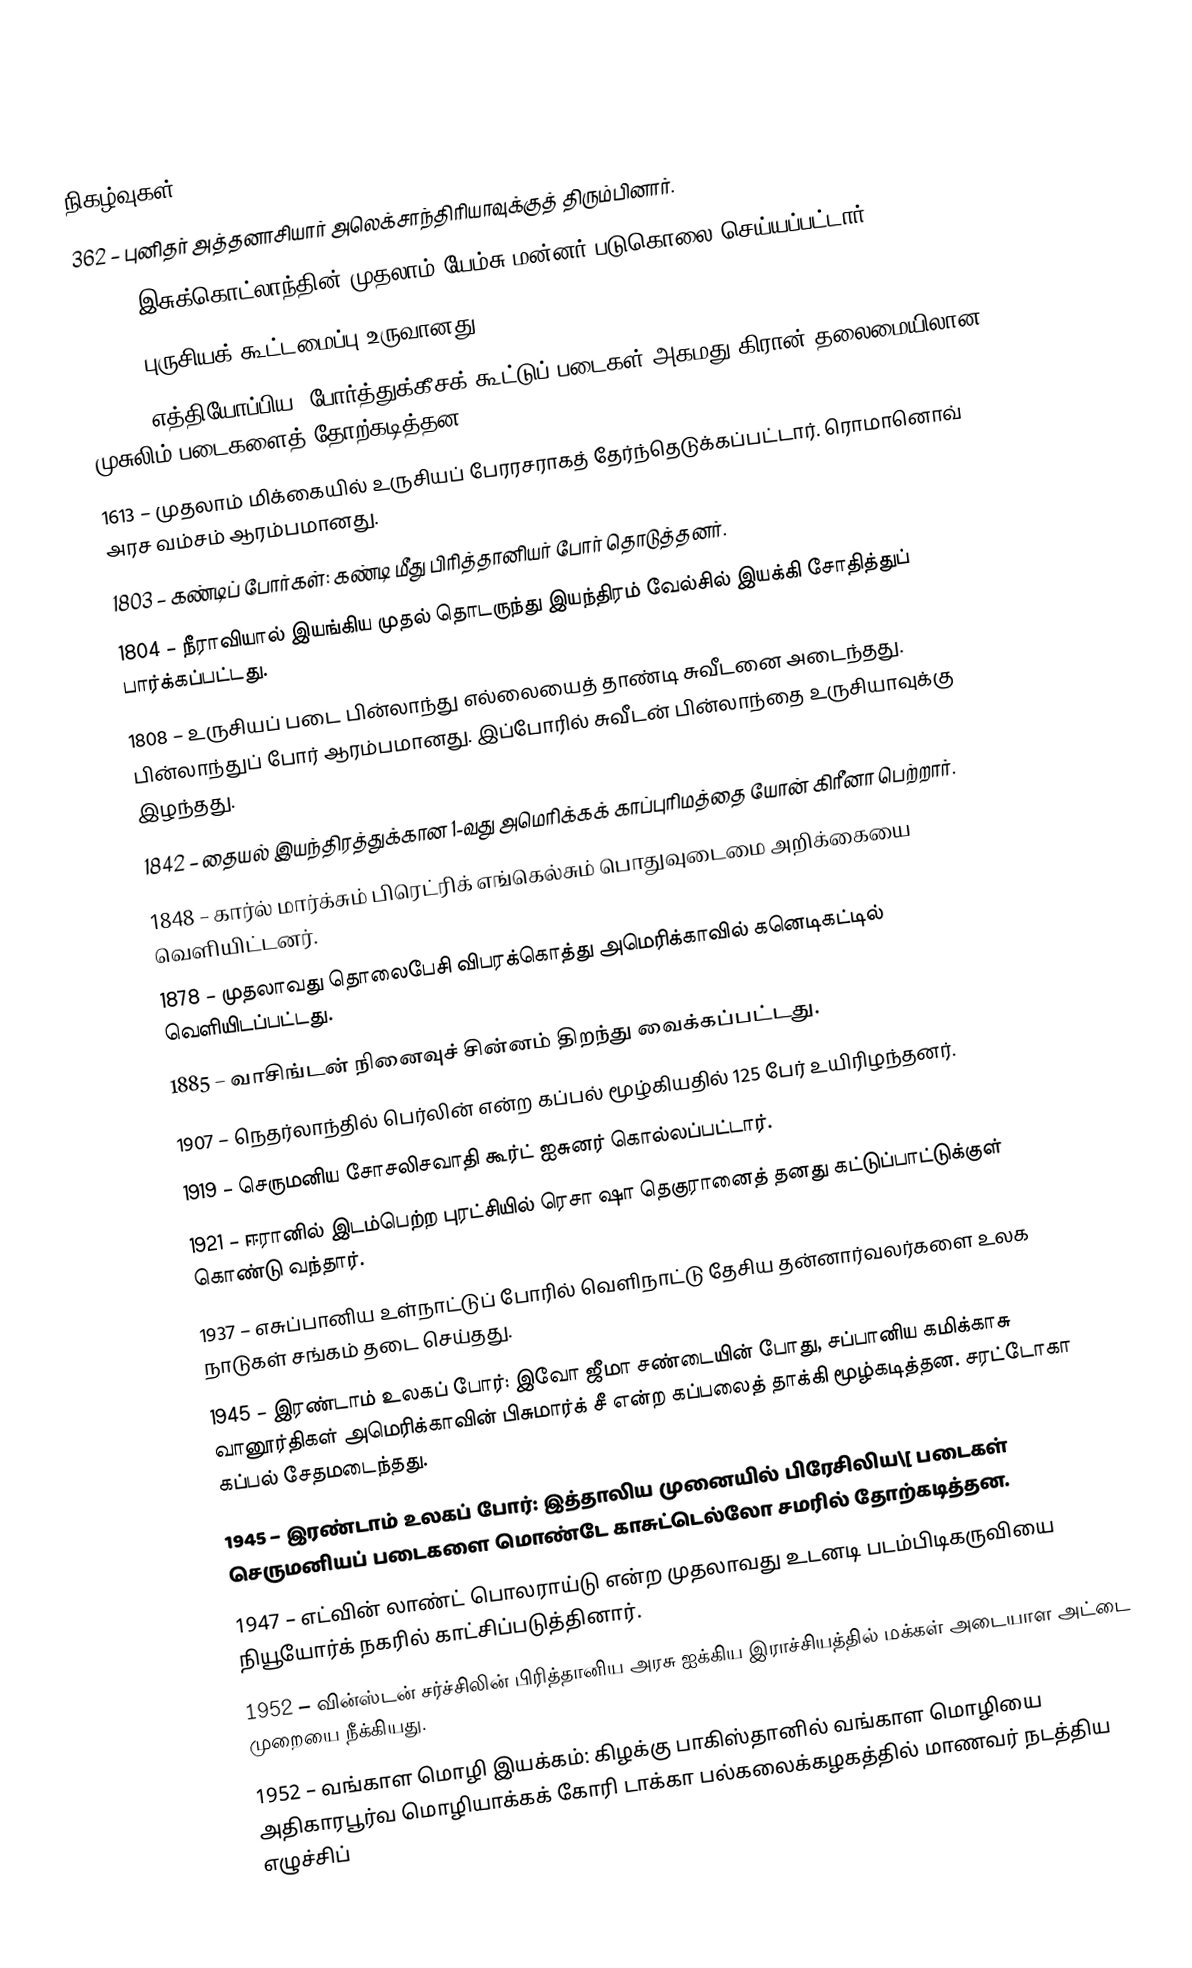

நிகழ்வுகள்
 362 – புனிதர் அத்தனாசியார் அலெக்சாந்திரியாவுக்குத் திரும்பினார்.
1437 – இசுக்கொட்லாந்தின் முதலாம் யேம்சு மன்னர் படுகொலை செய்யப்பட்டார்.
1440 – புருசியக் கூட்டமைப்பு உருவானது.
1543 – எத்தியோப்பிய, போர்த்துக்கீசக் கூட்டுப் படைகள் அகமது கிரான் தலைமையிலான முசுலிம் படைகளைத் தோற்கடித்தன.
1613 – முதலாம் மிக்கையில் உருசியப் பேரரசராகத் தேர்ந்தெடுக்கப்பட்டார். ரொமானொவ் அரச வம்சம் ஆரம்பமானது.
1803 – கண்டிப் போர்கள்: கண்டி மீது பிரித்தானியர் போர் தொடுத்தனர்.
1804 – நீராவியால் இயங்கிய முதல் தொடருந்து இயந்திரம் வேல்சில் இயக்கி சோதித்துப் பார்க்கப்பட்டது.
1808 – உருசியப் படை பின்லாந்து எல்லையைத் தாண்டி சுவீடனை அடைந்தது. பின்லாந்துப் போர் ஆரம்பமானது. இப்போரில் சுவீடன் பின்லாந்தை உருசியாவுக்கு இழந்தது.
1842 – தையல் இயந்திரத்துக்கான 1-வது அமெரிக்கக் காப்புரிமத்தை யோன் கிரீனா பெற்றார்.
1848 – கார்ல் மார்க்சும் பிரெட்ரிக் எங்கெல்சும் பொதுவுடைமை அறிக்கையை வெளியிட்டனர்.
1878 – முதலாவது தொலைபேசி விபரக்கொத்து அமெரிக்காவில் கனெடிகட்டில் வெளியிடப்பட்டது.
1885 – வாசிங்டன் நினைவுச் சின்னம் திறந்து வைக்கப்பட்டது.
1907 – நெதர்லாந்தில் பெர்லின் என்ற கப்பல் மூழ்கியதில் 125 பேர் உயிரிழந்தனர்.
1919 – செருமனிய சோசலிசவாதி கூர்ட் ஐசுனர் கொல்லப்பட்டார்.
1921 – ஈரானில் இடம்பெற்ற புரட்சியில் ரெசா ஷா தெகுரானைத் தனது கட்டுப்பாட்டுக்குள் கொண்டு வந்தார்.
1937 – எசுப்பானிய உள்நாட்டுப் போரில் வெளிநாட்டு தேசிய தன்னார்வலர்களை உலக நாடுகள் சங்கம் தடை செய்தது.
1945 – இரண்டாம் உலகப் போர்: இவோ ஜீமா சண்டையின் போது, சப்பானிய கமிக்காசு வானூர்திகள் அமெரிக்காவின் பிசுமார்க் சீ என்ற கப்பலைத் தாக்கி மூழ்கடித்தன. சரட்டோகா கப்பல் சேதமடைந்தது.
1945 – இரண்டாம் உலகப் போர்: இத்தாலிய முனையில் பிரேசிலிய\[ படைகள் செருமனியப் படைகளை மொண்டே காசுட்டெல்லோ சமரில் தோற்கடித்தன.
1947 – எட்வின் லாண்ட் பொலராய்டு என்ற முதலாவது உடனடி படம்பிடிகருவியை நியூயோர்க் நகரில் காட்சிப்படுத்தினார்.
1952 – வின்ஸ்டன் சர்ச்சிலின் பிரித்தானிய அரசு ஐக்கிய இராச்சியத்தில் மக்கள் அடையாள அட்டை முறையை நீக்கியது.
1952 – வங்காள மொழி இயக்கம்: கிழக்கு பாகிஸ்தானில் வங்காள மொழியை அதிகாரபூர்வ மொழியாக்கக் கோரி டாக்கா பல்கலைக்கழகத்தில் மாணவர் நடத்திய எழுச்சிப்